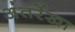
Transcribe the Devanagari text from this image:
अंतर्रेखा